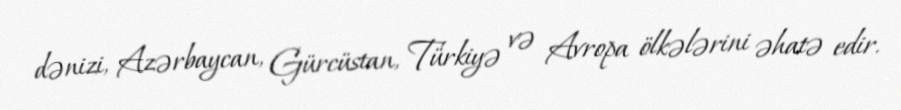
dənizi, Azərbaycan, Gürcüstan, Türkiyə və Avropa ölkələrini əhatə edir.